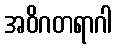
အဝိဂတရာဂါ